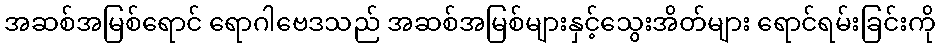
အဆစ်အမြစ်ရောင် ရောဂါဗေဒသည် အဆစ်အမြစ်များနှင့်သွေးအိတ်များ ရောင်ရမ်းခြင်းကို